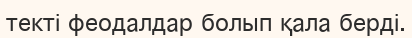
текті феодалдар болып қала берді.